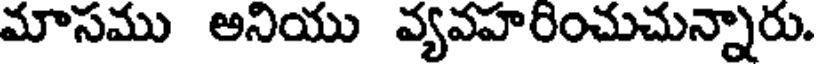
మాసము అనియు వ్యవహరించుచున్నారు.